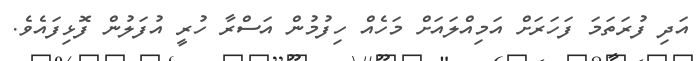
އަދި ފުރަތަމަ ފަހަރަށް އަމިއްލައަށް މަހެއް ހިފުމުން އަސްރާ ހުރީ އުފަލުން ފޮޅިފައެވެ.